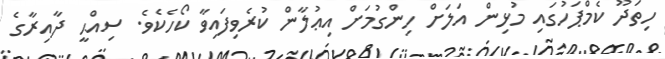
ހިތަދޫ ކެމްޕަހުގައި މުޅިން އަލަށް ހިންގުމަށް އިޢުލާން ކުރެވިފައިވާ ކޯހެކެވެ. ސިއްޙީ ދާއިރާގެ